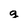
Character: g